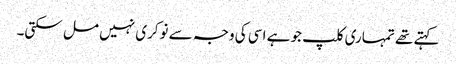
کہتے تھے تمہاری کلپ جو ہے اسی کی وجہ سے نوکری نہیں مل سکتی۔